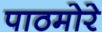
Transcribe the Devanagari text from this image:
पाठमोरे